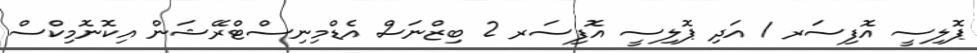
ޕޮލިސީ އޮފިސަރ 1 އަދި ޕޮލިސީ އޮފިސަރ 2 ބިޒްނަސް އެޑްމިނިސްޓްރޭޝަން އިކޮނޮމިކްސް